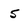
Character: 5